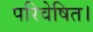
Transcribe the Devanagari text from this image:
परिवेषित।